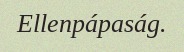
Ellenpápaság.